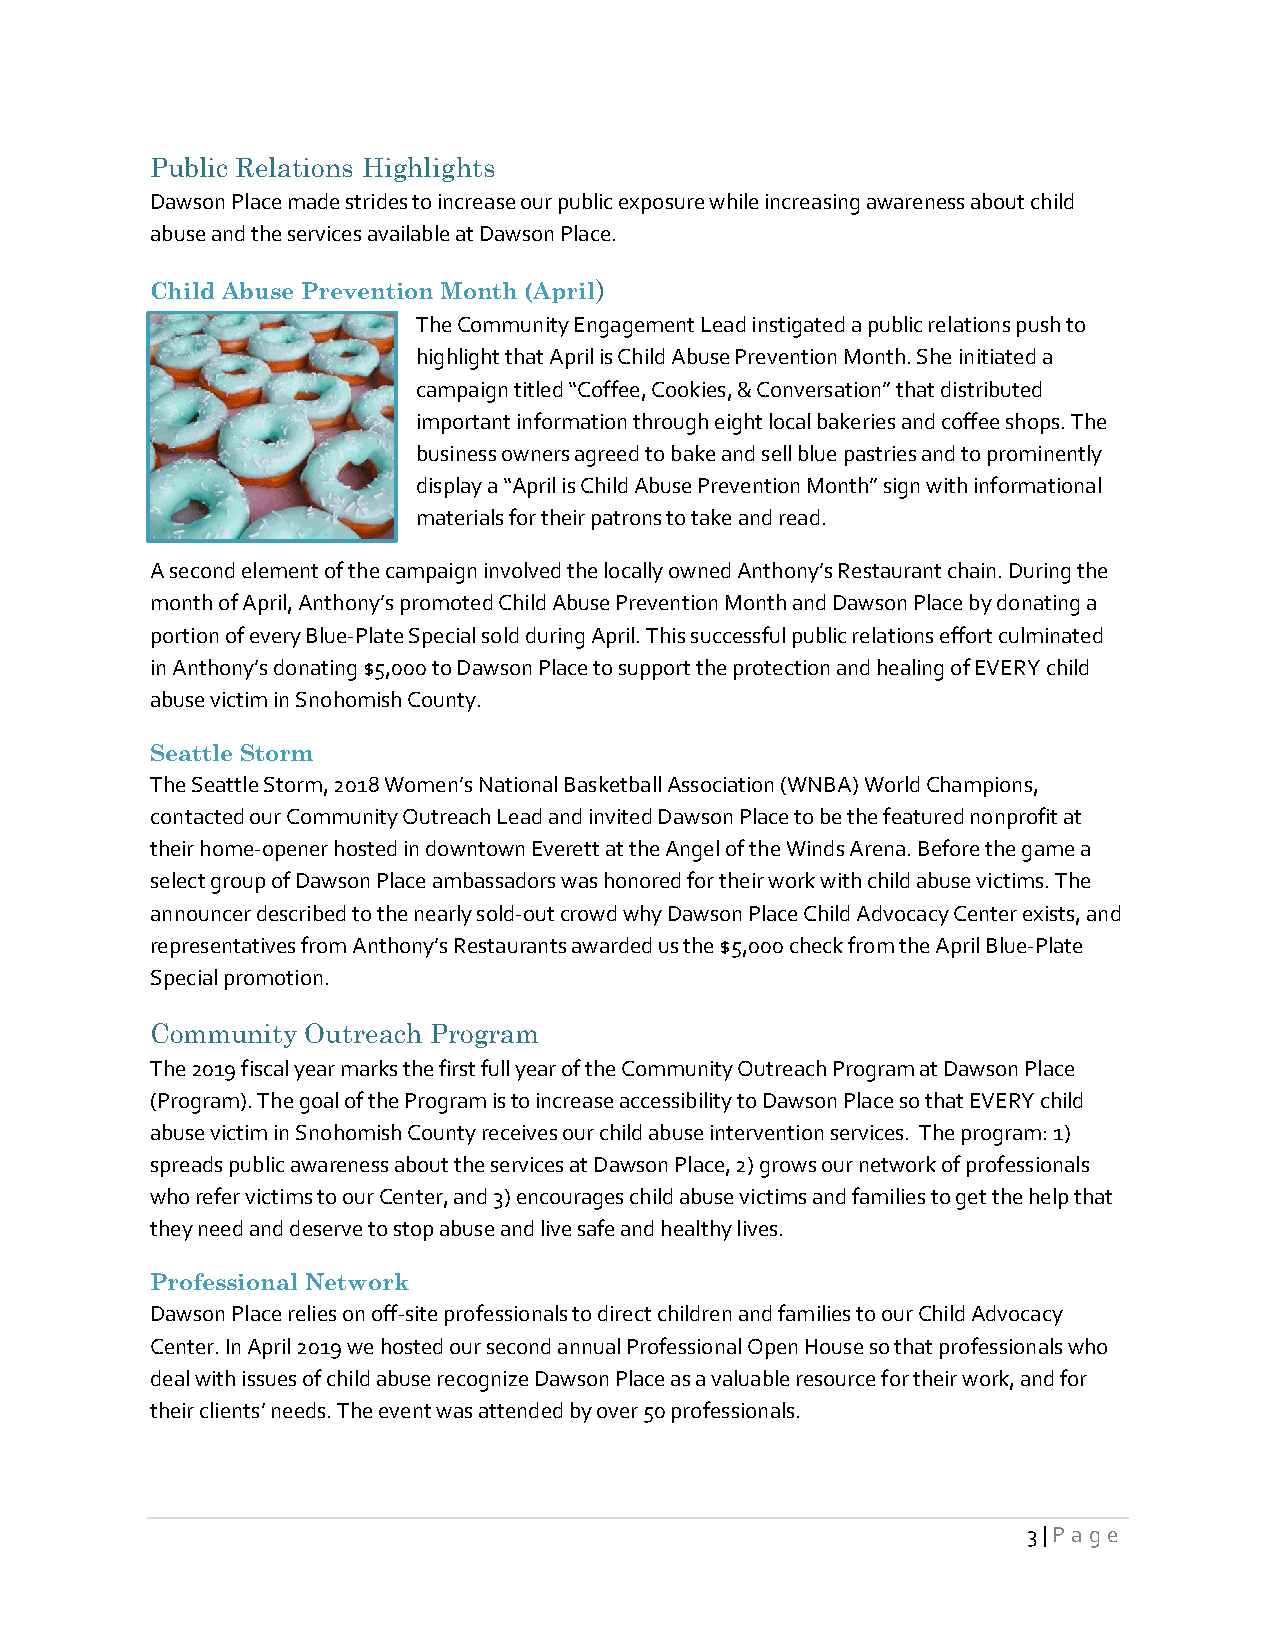
Public Relations Highlights
 Dawson Place made strides to increase our public exposure while increasing awareness about child
 abuse and the services available at Dawson Place.
 Child Abuse Prevention Month (April)
 The Community Engagement Lead instigated a public relations push to
 highlight that April is Child Abuse Prevention Month. She initiated a
 campaign titled “Coffee, Cookies, & Conversation” that distributed
 important information through eight local bakeries and coffee shops. The
 business owners agreed to bake and sell blue pastries and to prominently
 display a “April is Child Abuse Prevention Month” sign with informational
 materials for their patrons to take and read.
 A second element of the campaign involved the locally owned Anthony’s Restaurant chain. During the
 month of April, Anthony’s promoted Child Abuse Prevention Month and Dawson Place by donating a
 portion of every Blue-Plate Special sold during April. This successful public relations effort culminated
 in Anthony’s donating $5,000 to Dawson Place to support the protection and healing of EVERY child
 abuse victim in Snohomish County.
 Seattle Storm
 The Seattle Storm, 2018 Women’s National Basketball Association (WNBA) World Champions,
 contacted our Community Outreach Lead and invited Dawson Place to be the featured nonprofit at
 their home-opener hosted in downtown Everett at the Angel of the Winds Arena. Before the game a
 select group of Dawson Place ambassadors was honored for their work with child abuse victims. The
 announcer described to the nearly sold-out crowd why Dawson Place Child Advocacy Center exists, and
 representatives from Anthony’s Restaurants awarded us the $5,000 check from the April Blue-Plate
 Special promotion.
 Community Outreach Program
 The 2019 fiscal year marks the first full year of the Community Outreach Program at Dawson Place
 (Program). The goal of the Program is to increase accessibility to Dawson Place so that EVERY child
 abuse victim in Snohomish County receives our child abuse intervention services. The program: 1)
 spreads public awareness about the services at Dawson Place, 2) grows our network of professionals
 who refer victims to our Center, and 3) encourages child abuse victims and families to get the help that
 they need and deserve to stop abuse and live safe and healthy lives.
 Professional Network
 Dawson Place relies on off-site professionals to direct children and families to our Child Advocacy
 Center. In April 2019 we hosted our second annual Professional Open House so that professionals who
 deal with issues of child abuse recognize Dawson Place as a valuable resource for their work, and for
 their clients’ needs. The event was attended by over 50 professionals.
 3 | Pag e